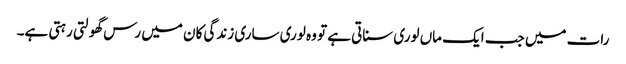
رات میں جب ایک ماں لوری سناتی ہے تو وہ لوری ساری زندگی کان میں رس گھولتی رہتی ہے۔